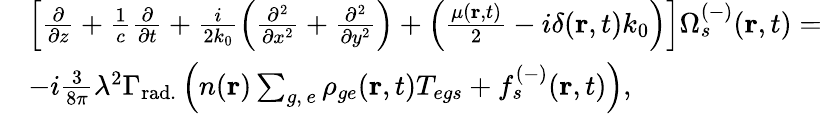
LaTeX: \begin{array}{rl}&{\left[\frac{\partial}{\partial z}+\frac{1}{c}\frac{\partial}{\partial t}+\frac{i}{2k_{0}}\left(\frac{\partial^{2}}{\partial x^{2}}+\frac{\partial^{2}}{\partial y^{2}}\right)+\left(\frac{\mu(\textbf{r},t)}{2}-i\delta(\textbf{r},t)k_{0}\right)\right]\Omega_{s}^{(-)}(\textbf{r},t)=}\\ &{-i\frac{3}{8\pi}\lambda^{2}\Gamma_{\mathrm{rad.}}\left(n(\textbf{r})\sum_{g,\, e}\rho_{ge}(\textbf{r},t)T_{egs}+f_{s}^{(-)}(\textbf{r},t)\right),}\end{array}